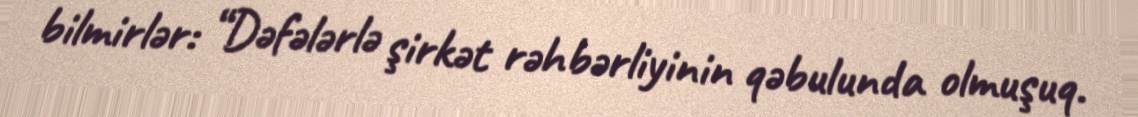
bilmirlər: “Dəfələrlə şirkət rəhbərliyinin qəbulunda olmuşuq.